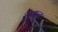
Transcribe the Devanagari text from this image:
सुथल